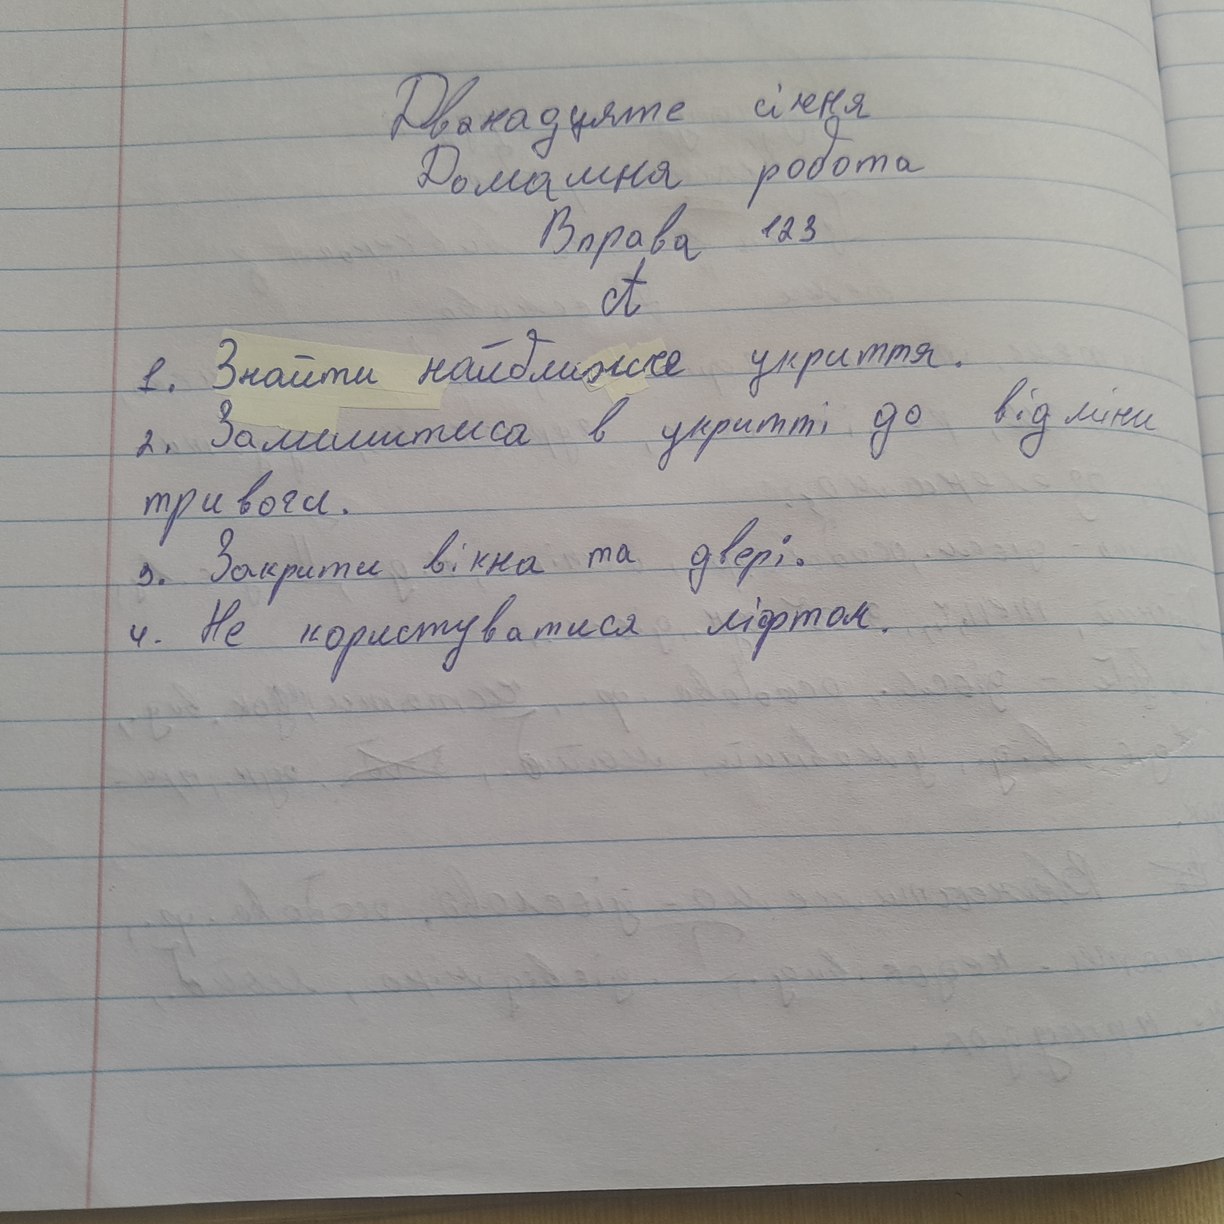
Дванадцяте січня
Домашня робота
Вправа 123
А
1. Знайти найближче укриття.
2. Залишитися в укритті до відміни
тривоги.
Закрийте вікна та двері.
4. Не користуватися ліфтом.